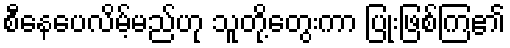
စီနေပေလိမ့်မည်ဟု သူတို့တွေးကာ ပြုံးဖြစ်ကြ၏